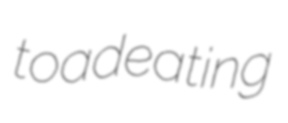
toadeating